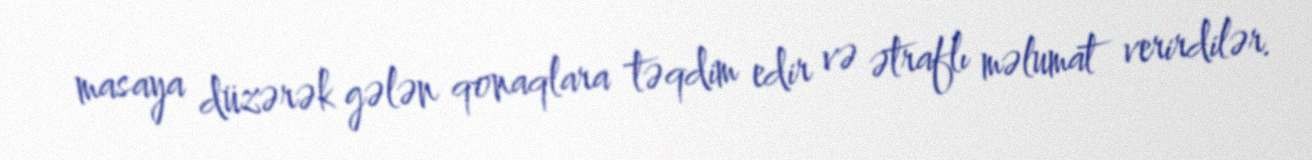
masaya düzərək gələn qonaqlara təqdim edir və ətraflı məlumat verirdilər.